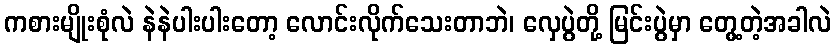
ကစားမျိုးစုံလဲ နဲနဲပါးပါးတော့ လောင်းလိုက်သေးတာဘဲ၊ လှေပွဲတို့ မြင်းပွဲမှာ တွေ့တဲ့အခါလဲ